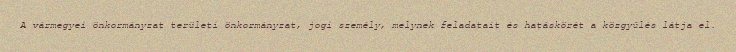
A vármegyei önkormányzat területi önkormányzat, jogi személy, melynek feladatait és hatáskörét a közgyűlés látja el.